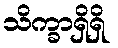
သိက္ခာရှိရှိ